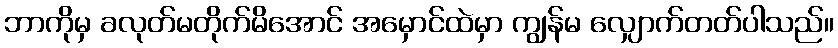
ဘာကိုမှ ခလုတ်မတိုက်မိအောင် အမှောင်ထဲမှာ ကျွန်မ လျှောက်တတ်ပါသည်။